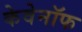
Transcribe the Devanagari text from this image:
केवेनॉफ